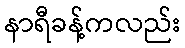
နာရီခန့်ကလည်း